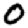
Digit: 0